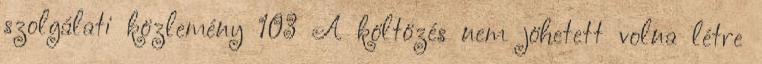
szolgálati közlemény 103 A költözés nem jöhetett volna létre